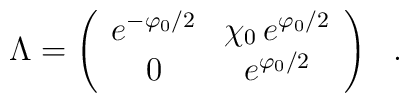
\Lambda =\left(              \begin{array}{cc} e^{-\varphi_0 /2} &  \chi_0 \,e^{\varphi_0 /2} \\ 0 & e^{\varphi_0 /2} \end{array} \right)~~.